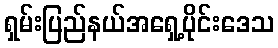
ရှမ်းပြည်နယ်အရှေ့ပိုင်းဒေသ